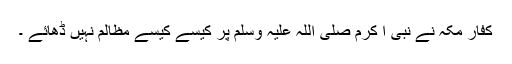
کفار مکہ نے نبی ا کرم صلی اللہ علیہ وسلم پر کیسے کیسے مظالم نہیں ڈھائے ۔